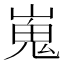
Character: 嵬